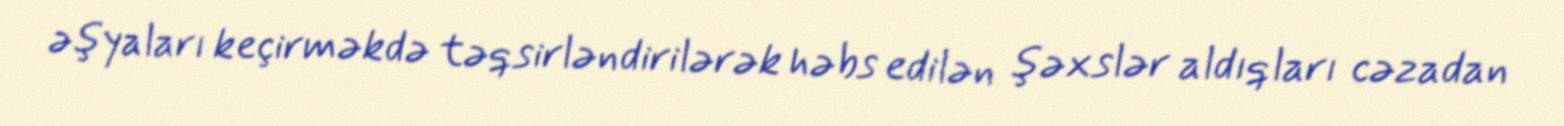
əşyaları keçirməkdə təqsirləndirilərək həbs edilən şəxslər aldıqları cəzadan